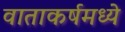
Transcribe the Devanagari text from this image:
वाताकर्षमध्ये